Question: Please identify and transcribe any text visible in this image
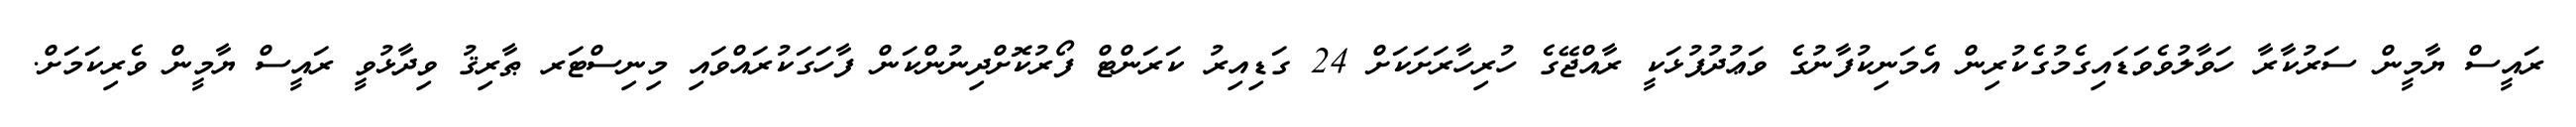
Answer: ރައީސް ޔާމީން ސަރުކާރާ ހަވާލުވެވަޑައިގެމުގެކުރިން އެމަނިކުފާނުގެ ވަޢުދުފުޅަކީ ރާއްޖޭގެ ހުރިހާރަށަކަށް 24 ގަޑިއިރު ކަރަންޓް ފޯރުކޮށްދިނުންކަން ފާހަގަކުރައްވައި މިނިސްޓަރ ޠާރިޤު ވިދާޅުވީ ރައީސް ޔާމީން ވެރިކަމަށް.